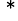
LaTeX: ^{\, *}